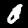
Label: 0